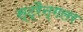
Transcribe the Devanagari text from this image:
स्ट्रैन्गलर